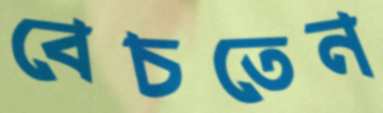
বেচতেন